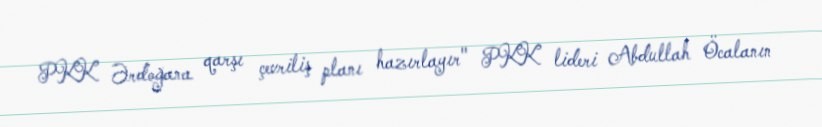
PKK Ərdoğana qarşı çevriliş planı hazırlayır" PKK lideri Abdullah Öcalanın